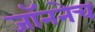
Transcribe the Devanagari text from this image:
जॉननेच